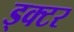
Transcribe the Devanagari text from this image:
ड्क्टर